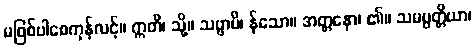
မဖြစ်ပါစေကုန်လင့်။ ဣတိ၊ သို့။ သဗ္ဗာပိ၊ န်သော။ အတ္တနော၊ ၏။ သမမ္ပတ္တိယာ၊